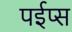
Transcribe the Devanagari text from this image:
पईप्स